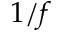
1 / f